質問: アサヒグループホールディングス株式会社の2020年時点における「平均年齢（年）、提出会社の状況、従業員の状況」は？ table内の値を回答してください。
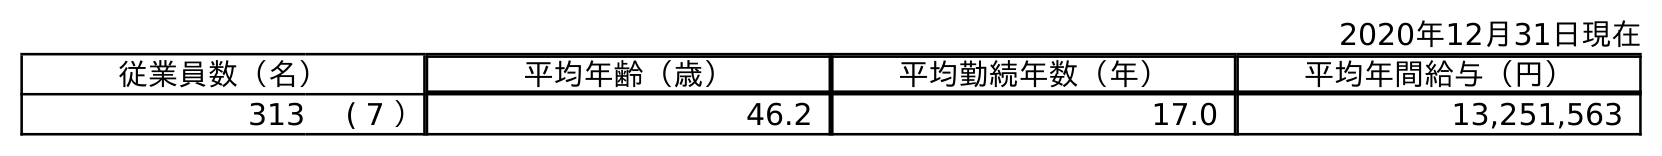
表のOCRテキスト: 2020年12月31日現在 従業員数（名） 平均年齢（歳） 平均勤続年数（年） 平均年間給与（円） 313 ( 7 ） 46.2 17.0 13,251,563
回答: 46.2